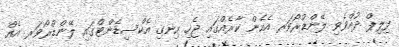
ފިލިޕް ދުއްވެވި ލޭންޑްރޯވަރ އެހެން ކާރެއްގައި ޖެހި ހިނގި އެކްސިޑެންޓްގައި ލޭންޑްރޯވަރ އެއް